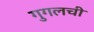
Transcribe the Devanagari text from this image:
गुगलची